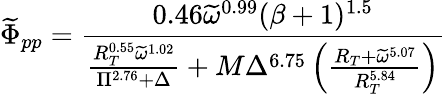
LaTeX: \widetilde{\Phi}_{pp}=\frac{0.46\widetilde{\omega}^{0.99}(\beta+1)^{1.5}}{\frac{R_{T}^{0.55}\widetilde{\omega}^{1.02}}{\Pi^{2.76}+\Delta}+M\Delta^{6.75}\left(\frac{R_{T}+\widetilde{\omega}^{5.07}}{R_{T}^{5.84}}\right)}